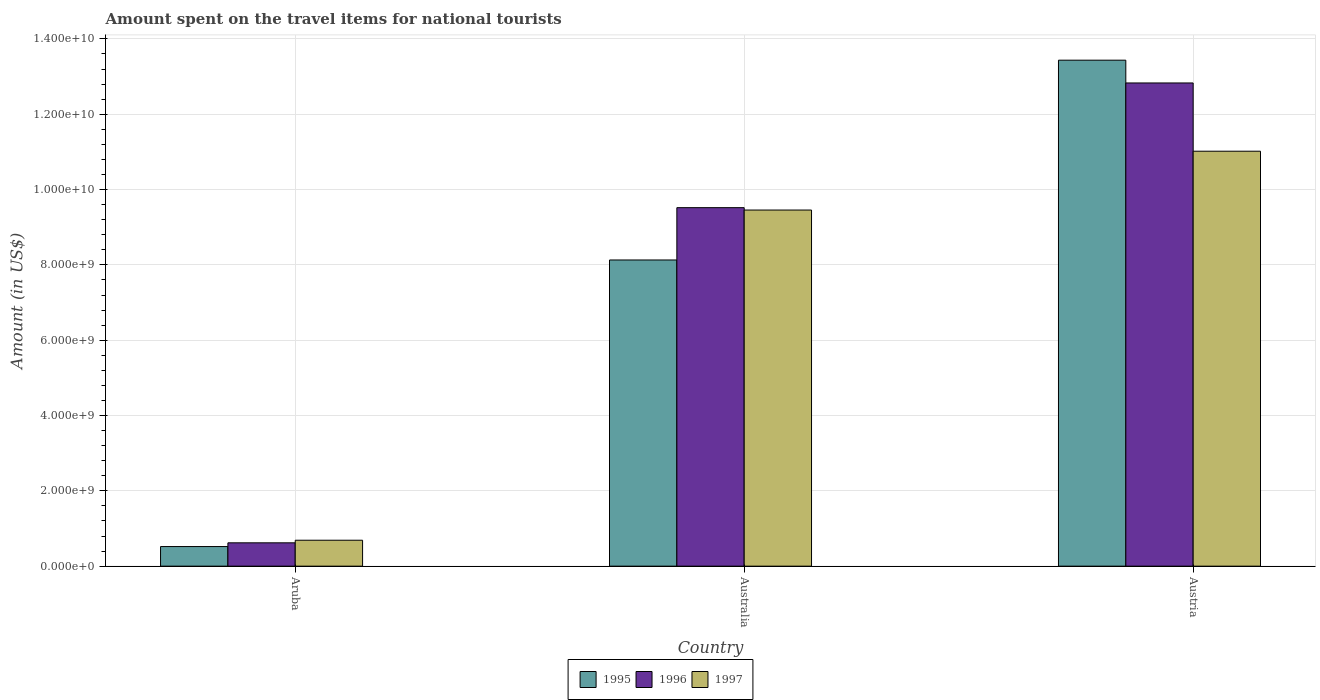
| Country | 1995 | 1996 | 1997 |
 | --- | --- | --- | --- |
 | Aruba | 5.21e+08 | 6.2e+08 | 6.89e+08 |
 | Australia | 8.13e+09 | 9.52e+09 | 9.46e+09 |
 | Austria | 1.34e+10 | 1.28e+10 | 1.1e+10 |